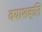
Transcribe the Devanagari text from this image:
वयाशक्ति